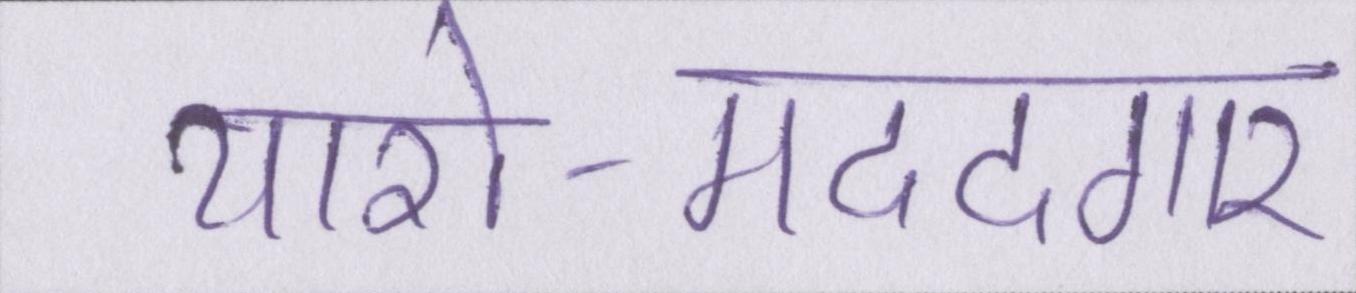
यारो-मददगार